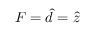
\boldsymbol { F } = \boldsymbol { \hat { d } } = \boldsymbol { \hat { z } }